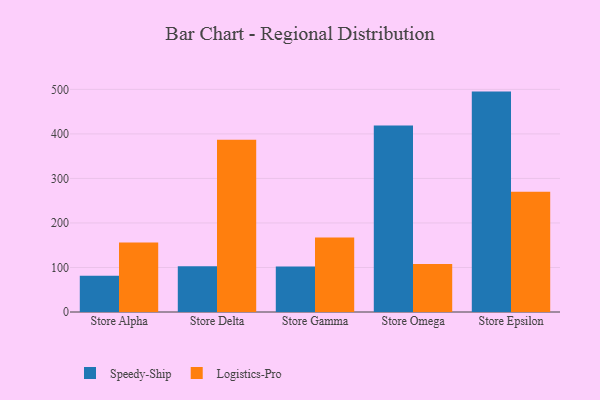
{"axis": {"x": "Store", "y": "Production Output"}, "legend": ["Logistics-Pro", "Speedy-Ship"], "data": [{"x": "Store Alpha", "y": 81.3, "type": "Speedy-Ship"}, {"x": "Store Alpha", "y": 156.0, "type": "Logistics-Pro"}, {"x": "Store Delta", "y": 102.5, "type": "Speedy-Ship"}, {"x": "Store Delta", "y": 386.7, "type": "Logistics-Pro"}, {"x": "Store Gamma", "y": 102.4, "type": "Speedy-Ship"}, {"x": "Store Gamma", "y": 167.3, "type": "Logistics-Pro"}, {"x": "Store Omega", "y": 419.0, "type": "Speedy-Ship"}, {"x": "Store Omega", "y": 107.6, "type": "Logistics-Pro"}, {"x": "Store Epsilon", "y": 495.0, "type": "Speedy-Ship"}, {"x": "Store Epsilon", "y": 270.2, "type": "Logistics-Pro"}]}